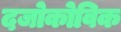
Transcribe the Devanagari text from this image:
दजोकोविक